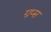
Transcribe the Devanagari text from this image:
ग्रप्स